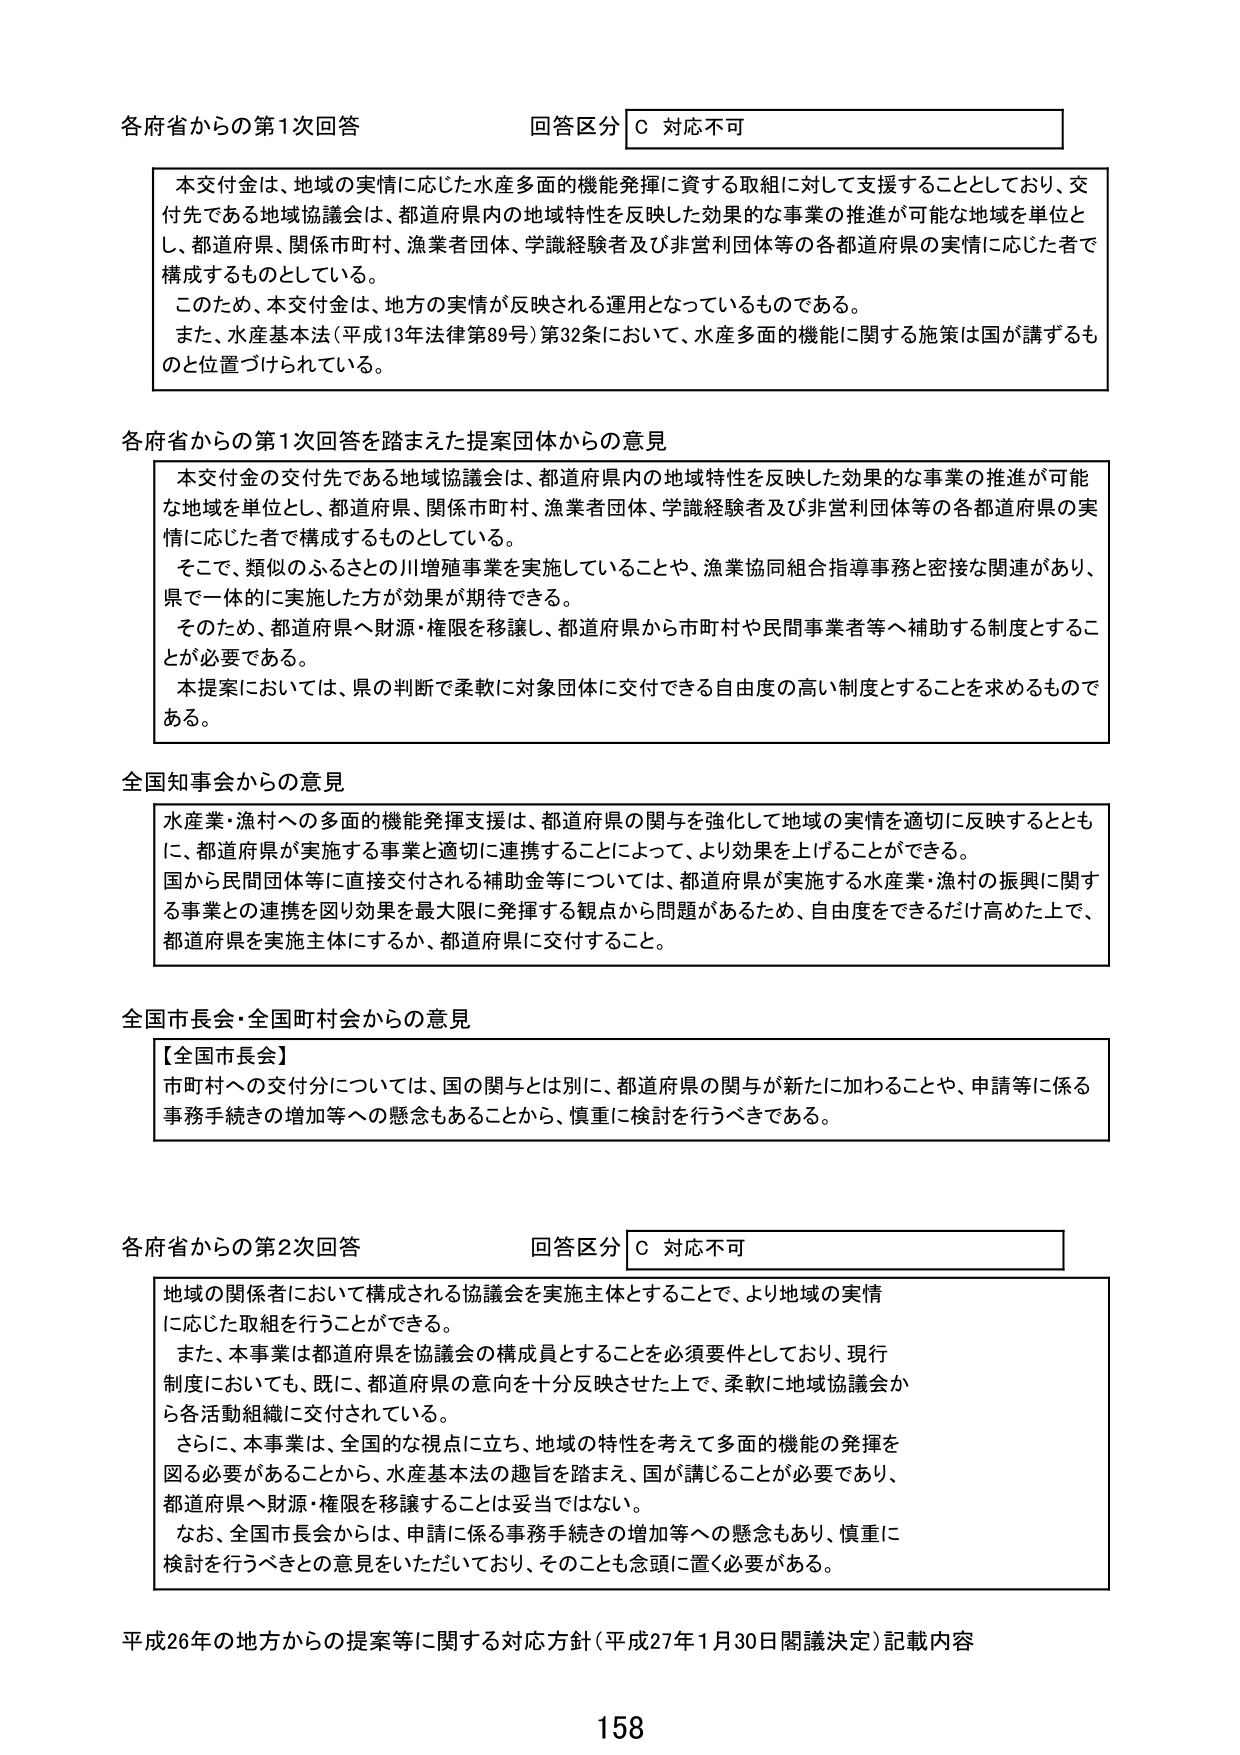
各府省からの第1次回答 回答区分 C 対応不可

本交付金は、地域の実情に応じた水産多面的機能発揮に資する取組に対して支援することとしており、交付先である地域協議会は、都道府県内の地域特性を反映した効果的な事業の推進が可能な地域を単位とし、都道府県、関係市町村、漁業者団体、学識経験者及び非営利団体等の各都道府県の実情に応じた者で構成するものとしている。

このため、本交付金は、地方の実情が反映される運用となっているものである。

また、水産基本法（平成13年法律第89号）第32条において、水産多面的機能に関する施策は国が講ずるものと位置づけられている。

各府省からの第1次回答を踏まえた提案団体からの意見

本交付金の交付先である地域協議会は、都道府県内の地域特性を反映した効果的な事業の推進が可能な地域を単位とし、都道府県、関係市町村、漁業者団体、学識経験者及び非営利団体等の各都道府県の実情に応じた者で構成するものとしている。

そこで、類似のふるさとの川増殖事業を実施していることや、漁業協同組合指導事務と密接な関連があり、県で一体的に実施した方が効果が期待できる。

そのため、都道府県へ財源・権限を移譲し、都道府県から市町村や民間事業者等へ補助する制度とすることが必要である。

本提案においては、県の判断で柔軟に対象団体に交付できる自由度の高い制度とすることを求めるものである。

全国知事会からの意見

水産業・漁村への多面的機能発揮支援は、都道府県の関与を強化して地域の実情を適切に反映するとともに、都道府県が実施する事業と適切に連携することによって、より効果を上げることができる。

国から民間団体等に直接交付される補助金等については、都道府県が実施する水産業・漁村の振興に関する事業との連携を図り効果を最大限に発揮する観点から問題があるため、自由度をできるだけ高めた上で、都道府県を実施主体にするか、都道府県に交付すること。

全国市長会・全国町村会からの意見

【全国市長会】
市町村への交付分については、国の関与とは別に、都道府県の関与が新たに加わることや、申請等に係る事務手続きの増加等への懸念もあることから、慎重に検討を行うべきである。

各府省からの第2次回答 回答区分 C 対応不可

地域の関係者において構成される協議会を実施主体とすることで、より地域の実情に応じた取組を行うことができる。

また、本事業は都道府県を協議会の構成員とすることを必須要件としており、現行制度においても、既に、都道府県の意向を十分反映させた上で、柔軟に地域協議会から各活動組織に交付されている。

さらに、本事業は、全国的な視点に立ち、地域の特性を考えて多面的機能の発揮を図る必要があることから、水産基本法の趣旨を踏まえ、国が講じることが必要であり、都道府県へ財源・権限を移譲することは妥当ではない。

なお、全国市長会からは、申請に係る事務手続きの増加等への懸念もあり、慎重に検討を行うべきとの意見をいただいており、そのことも念頭に置く必要がある。

平成26年の地方からの提案等に関する対応方針（平成27年1月30日閣議決定）記載内容

158